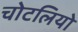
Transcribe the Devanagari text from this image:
चोटलियो